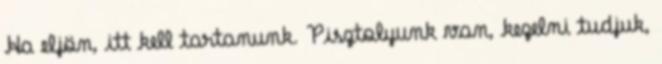
Ha eljön, itt kell tartanunk. Pisztolyunk van, kezelni tudjuk,